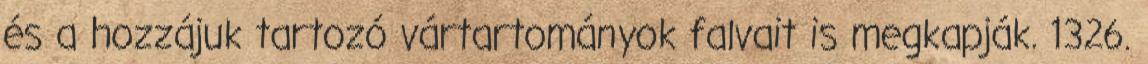
és a hozzájuk tartozó vártartományok falvait is megkapják. 1326.